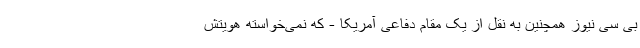
بی سی نیوز همچنین به نقل از یک مقام دفاعی آمریکا - که نمی‌خواسته هویتش